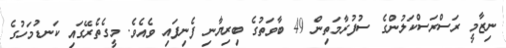
ނިޒާމީ ރަސްރަސްކަލުންގެ ސުފުރާމަތިން 49 ބާވަތުގެ ބިރިޔާނި ފެނިފައި ވެއެވެ. މީގެތެރޭގައި ކަނޑުމަހުގެ